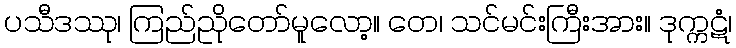
ပသီဒဿု၊ ကြည်ညိုတော်မူလော့။ တေ၊ သင်မင်းကြီးအား။ ဒုက္ကဋံ၊